Insane asylums in Bengal annual reports 1867-1875 - 1867-1875
Year: 1867
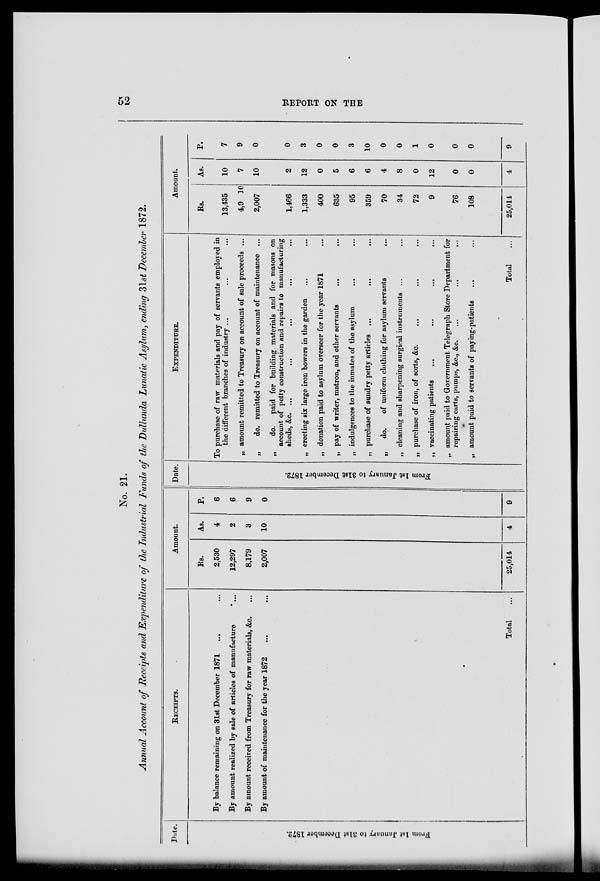
52
REPORT ON THE
No. 21.
Annual Account of Receipts and Expenditure of the Industrial Funds of the Dullunda Lunatic Asylum, ending 31st December 1872.
Date.
From 1st Janunry to 31st December 1872.
RECEIPTS.
By balance remaining on 31st December 1871 ... ...
By amount realized by sale of articles of manufacture
...
By amount received from Treasury for raw materials, &c. ...
By amount of maintenance for the year 1872 ... ...
Total ...
Amount.
Rs.
2,530
12,297
8,179
2,007
25,014
As.
4
2
3
10
4
P.
6
6
9
0
9
Date.
From 1st January to 31st December 1872.
EXPENDITURE.
To purchase of raw materials and pay of servants employed in
the different branches of industry ...
„ amount remitted to Treasury on account of sale proceeds ...
„
do. remitted to Treasury on account of maintenance ...
„
do. paid for building materials and for masons on
account of petty construction and repairs to manufacturing
sheds, &c. ...
„ erecting six large iron bowers in the garden
...
...
„ donation paid to asylum overseer for the year 1871 ...
„ pay of writer, matron, and other servants
...
...
„ indulgences to the inmates of the asylum
...
„ purchase of sundry petty articles ... ... ...
„
do.
of uniform clothing for asylum servants
...
„ cleaning and sharpening surgical instruments ... ...
„ purchase of iron, of sorts, &c.
... ... ...
„ vaccinating patients ... ... ... ...
„ amount paid to Government Telegraph Store Department for
repairing carts, pumps, &c., &c. ... ... ...
„ amount paid to servants of paying-patients
...
...
Total ...
Amount.
Rs.
13,435
4,9 10
2,007
1,466
1,333
400
635
95
359
70
34
72
9
76
108
25,014
As.
10
7
10
2
12
0
5
6
6
4
8
0
12
0
0
4
P.
7
9
0
0
3
0
0
3
10
0
0
1
0
0
0
9